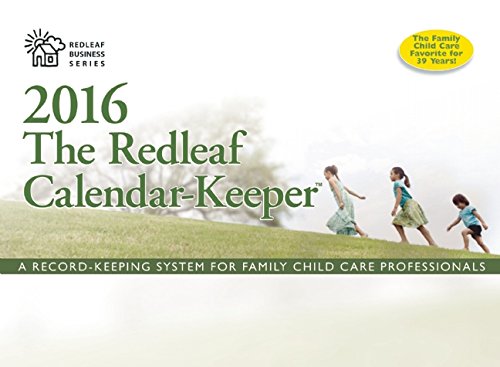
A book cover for The Redleaf Calendar-Keeper 2016: A Record-Keeping System for Family Child Care Professionals (Redleaf Business Series); Redleaf Press; Calendars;